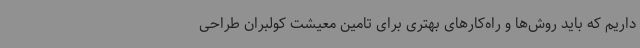
داریم که باید روش‌ها و راه‌کارهای بهتری برای تامین معیشت کولبران طراحی